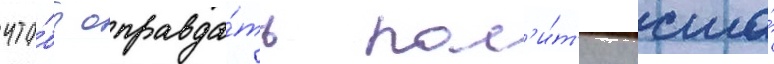
что́бы оправда́ть пол'и́т'ику сша́